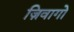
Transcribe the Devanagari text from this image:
ज़िवागो